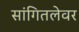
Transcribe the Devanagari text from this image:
सांगितलेवर